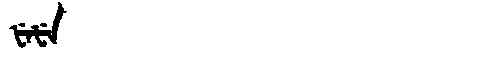
Manchu: ᡶᡝᡶᡝ
Romanization: FEFE